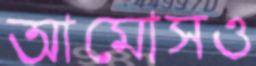
আমোসও